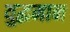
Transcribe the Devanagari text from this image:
युद्धमान